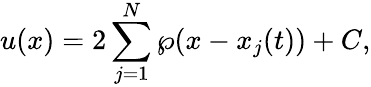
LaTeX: u(x)=2\sum_{j=1}^{N}\wp(x-x_{j}(t))+C,